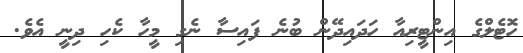
ހޮޓެލްގެ އިންޓީރިއާ ހަދައިދޭން ބުނެ ފައިސާ ނެގި މީހާ ކެހި ދިނީ އެވެ.